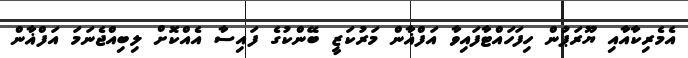
އެމެރިކާއާއި ޔޫރަޕުން ހިފަހައްޓާފައިވާ އަފްޣާން މަރުކަޒީ ބޭންކުގެ ފައިސާ އެއްކޮށް ލިބިއްޖެނަމަ އަފްޣާން